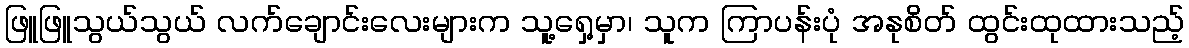
ဖြူဖြူသွယ်သွယ် လက်ချောင်းလေးများက သူ့ရှေ့မှာ၊ သူက ကြာပန်းပုံ အနုစိတ် ထွင်းထုထားသည့်